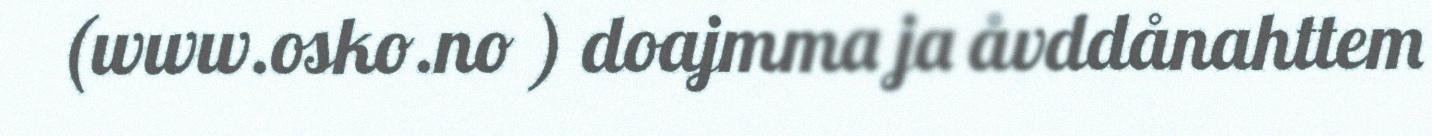
(www.osko.no ) doajmma ja åvddånahttem